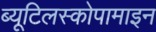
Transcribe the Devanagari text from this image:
ब्यूटिलस्कोपामाइन